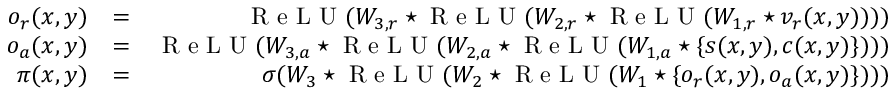
\begin{array} { r l r } { o _ { r } ( x , y ) } & { = } & { \textrm { R e L U } ( W _ { 3 , r } \star \textrm { R e L U } ( W _ { 2 , r } \star \textrm { R e L U } ( W _ { 1 , r } \star v _ { r } ( x , y ) ) ) ) } \\ { o _ { a } ( x , y ) } & { = } & { \textrm { R e L U } ( W _ { 3 , a } \star \textrm { R e L U } ( W _ { 2 , a } \star \textrm { R e L U } ( W _ { 1 , a } \star \{ s ( x , y ) , c ( x , y ) \} ) ) ) } \\ { \pi ( x , y ) } & { = } & { \sigma ( W _ { 3 } \star \textrm { R e L U } ( W _ { 2 } \star \textrm { R e L U } ( W _ { 1 } \star \{ o _ { r } ( x , y ) , o _ { a } ( x , y ) \} ) ) ) } \end{array}